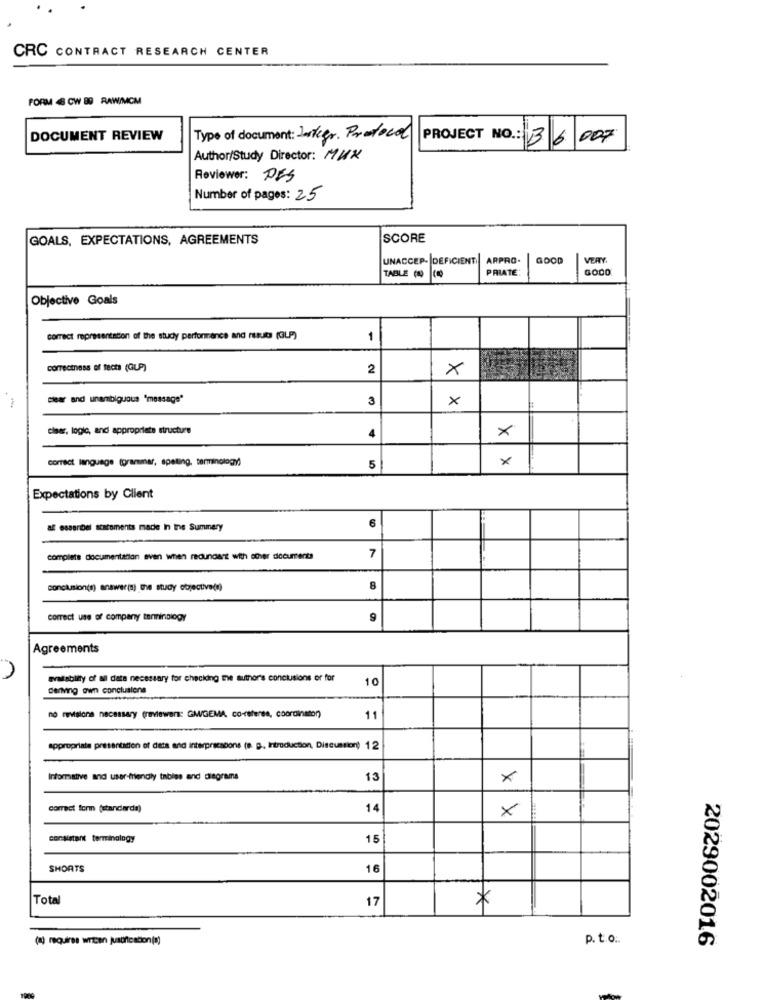
CRC CONTRACT RESEARCH CENTER
FORM 6 CW 89 RAW/MCM
DOCUMENT REVIEW
Type of document: Jurkgr. Protocol
PROJECT NO .: 3 6 007
Author/Study Director: MHX
Reviewer: PES
Number of pages: 25
GOALS, EXPECTATIONS, AGREEMENTS
SCORE
UNACCEP- DEFICIENT
ARPRO.
VERY
PRIATE
TABLE (0 140
Objective Goals
correct representation of the study performance and results (GLP)
1
correctness of facts (GLP)
2
X
clear and unambiguous "message"
3
×
claer, logie, and appropriate structure
4
×
correct language (grammar, apeting, terminology)
×
5
Expectations by Client
6
al esseribel scatoments made In ine Summary
complete documentation even when redundant with other documents
7
conclusion(s) answer(a) the study objective(!)
8
correct use of company terminology
9
Agreements
availability of all date necessary for checking the author's conclusions or for
10
Deriving own conclusions
no revisions necessary (reviewers: GM/GEMA, co-referee, coordinator)
11
appropriate presentation of data and interprecsbons (e. g ., Introduction, Discussion) 12
Informative and user-friendly tables and diagrams
13
×
correct form (standarda)
14
×
consistant terminology
15
SHORTS
16
Total
17
*
(a) requires written justification(s)
p. t.o.
2029002016